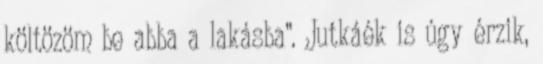
költözöm be abba a lakásba”. Jutkáék is úgy érzik,